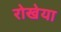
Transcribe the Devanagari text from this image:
रोखेया